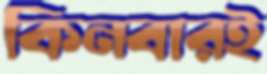
কিনবারই